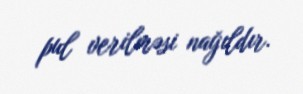
pul verilməsi nağıldır.